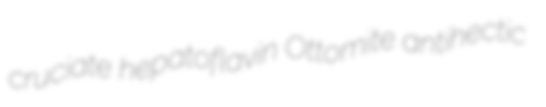
cruciate hepatoflavin Ottomite antihectic